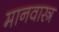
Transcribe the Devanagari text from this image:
मानवास्त्र